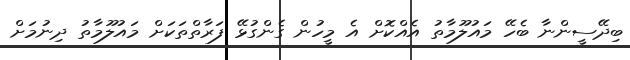
ބިދޭސީންނާ ބެހޭ މައުލޫމާތު އެއްކޮށް އެ މީހުން ގެންގުޅޭ ފަރާތްތަކަށް މައުލޫމާތު ދިނުމަށް